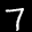
Label: 7